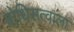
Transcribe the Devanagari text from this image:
बोधिसत्वाला